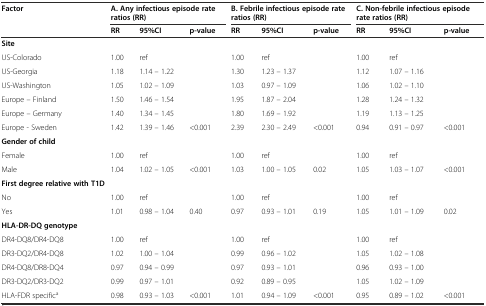
<table><thead><tr><td><b>Factor</b></td><td colspan="3"><b>A. Any infectious episode rate ratios (RR)</b></td><td colspan="3"><b>B. Febrile infectious episode rate ratios (RR)</b></td><td colspan="3"><b>C. Non-febrile infectious episode rate ratios (RR)</b></td></tr><tr><td></td><td><b>RR</b></td><td><b>95%CI</b></td><td><b>p-value</b></td><td><b>RR</b></td><td><b>95%CI</b></td><td><b>p-value</b></td><td><b>RR</b></td><td><b>95%CI</b></td><td><b>p-value</b></td></tr></thead><tbody><tr><td><b>Site</b></td><td></td><td></td><td></td><td></td><td></td><td></td><td></td><td></td><td></td></tr><tr><td>US-Colorado</td><td>1.00</td><td>ref</td><td></td><td>1.00</td><td>ref</td><td></td><td>1.00</td><td>ref</td><td></td></tr><tr><td>US-Georgia</td><td>1.18</td><td>1.14 – 1.22</td><td></td><td>1.30</td><td>1.23 – 1.37</td><td></td><td>1.12</td><td>1.07 – 1.16</td><td></td></tr><tr><td>US-Washington</td><td>1.05</td><td>1.02 – 1.09</td><td></td><td>1.03</td><td>0.97 – 1.09</td><td></td><td>1.06</td><td>1.02 – 1.10</td><td></td></tr><tr><td>Europe – Finland</td><td>1.50</td><td>1.46 – 1.54</td><td></td><td>1.95</td><td>1.87 – 2.04</td><td></td><td>1.28</td><td>1.24 – 1.32</td><td></td></tr><tr><td>Europe – Germany</td><td>1.40</td><td>1.34 – 1.45</td><td></td><td>1.80</td><td>1.69 – 1.92</td><td></td><td>1.19</td><td>1.13 – 1.25</td><td></td></tr><tr><td>Europe - Sweden</td><td>1.42</td><td>1.39 – 1.46</td><td>&lt;0.001</td><td>2.39</td><td>2.30 – 2.49</td><td>&lt;0.001</td><td>0.94</td><td>0.91 – 0.97</td><td>&lt;0.001</td></tr><tr><td><b>Gender of child</b></td><td></td><td></td><td></td><td></td><td></td><td></td><td></td><td></td><td></td></tr><tr><td>Female</td><td>1.00</td><td>ref</td><td></td><td>1.00</td><td>ref</td><td></td><td>1.00</td><td>ref</td><td></td></tr><tr><td>Male</td><td>1.04</td><td>1.02 – 1.05</td><td>&lt;0.001</td><td>1.03</td><td>1.00 – 1.05</td><td>0.02</td><td>1.05</td><td>1.03 – 1.07</td><td>&lt;0.001</td></tr><tr><td><b>First degree relative with T1D</b></td><td></td><td></td><td></td><td></td><td></td><td></td><td></td><td></td><td></td></tr><tr><td>No</td><td>1.00</td><td>ref</td><td></td><td>1.00</td><td>ref</td><td></td><td>1.00</td><td>ref</td><td></td></tr><tr><td>Yes</td><td>1.01</td><td>0.98 – 1.04</td><td>0.40</td><td>0.97</td><td>0.93 – 1.01</td><td>0.19</td><td>1.05</td><td>1.01 – 1.09</td><td>0.02</td></tr><tr><td><b>HLA-DR-DQ genotype</b></td><td></td><td></td><td></td><td></td><td></td><td></td><td></td><td></td><td></td></tr><tr><td>DR4-DQ8/DR4-DQ8</td><td>1.00</td><td>ref</td><td></td><td>1.00</td><td>ref</td><td></td><td>1.00</td><td>ref</td><td></td></tr><tr><td>DR3-DQ2/DR4-DQ8</td><td>1.02</td><td>1.00 – 1.04</td><td></td><td>0.99</td><td>0.96 – 1.02</td><td></td><td>1.05</td><td>1.02 – 1.08</td><td></td></tr><tr><td>DR4-DQ8/DR8-DQ4</td><td>0.97</td><td>0.94 – 0.99</td><td></td><td>0.97</td><td>0.93 – 1.01</td><td></td><td>0.96</td><td>0.93 – 1.00</td><td></td></tr><tr><td>DR3-DQ2/DR3-DQ2</td><td>0.99</td><td>0.97 – 1.01</td><td></td><td>0.92</td><td>0.89 – 0.95</td><td></td><td>1.05</td><td>1.02 – 1.09</td><td></td></tr><tr><td>HLA-FDR specific<sup>a</sup></td><td>0.98</td><td>0.93 – 1.03</td><td>&lt;0.001</td><td>1.01</td><td>0.94 – 1.09</td><td>&lt;0.001</td><td>0.95</td><td>0.89 – 1.02</td><td>&lt;0.001</td></tr></tbody></table>